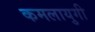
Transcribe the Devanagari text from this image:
कमलायुगी